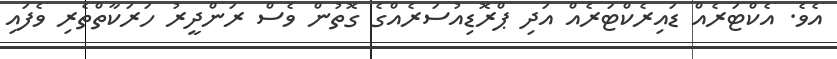
އެވެ. އެކްޓަރެއް ޑައިރެކްޓަރެއް އަދި ޕްރޮޑިއުސަރެއްގެ ގޮތުން ވެސް ރަންދީރު ހަރަކާތްތެރި ވެފައި